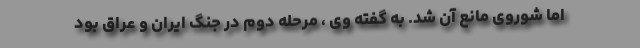
اما شوروی مانع آن شد. به گفته وی ، مرحله دوم در جنگ ایران و عراق بود